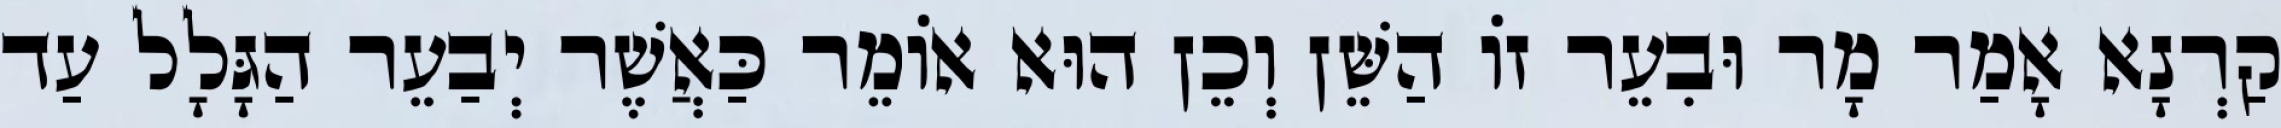
קַרְנָא אָמַר מָר וּבִעֵר זוֹ הַשֵּׁן וְכֵן הוּא אוֹמֵר כַּאֲשֶׁר יְבַעֵר הַגָּלָל עַד